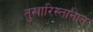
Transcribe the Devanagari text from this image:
तुखारिस्तानात